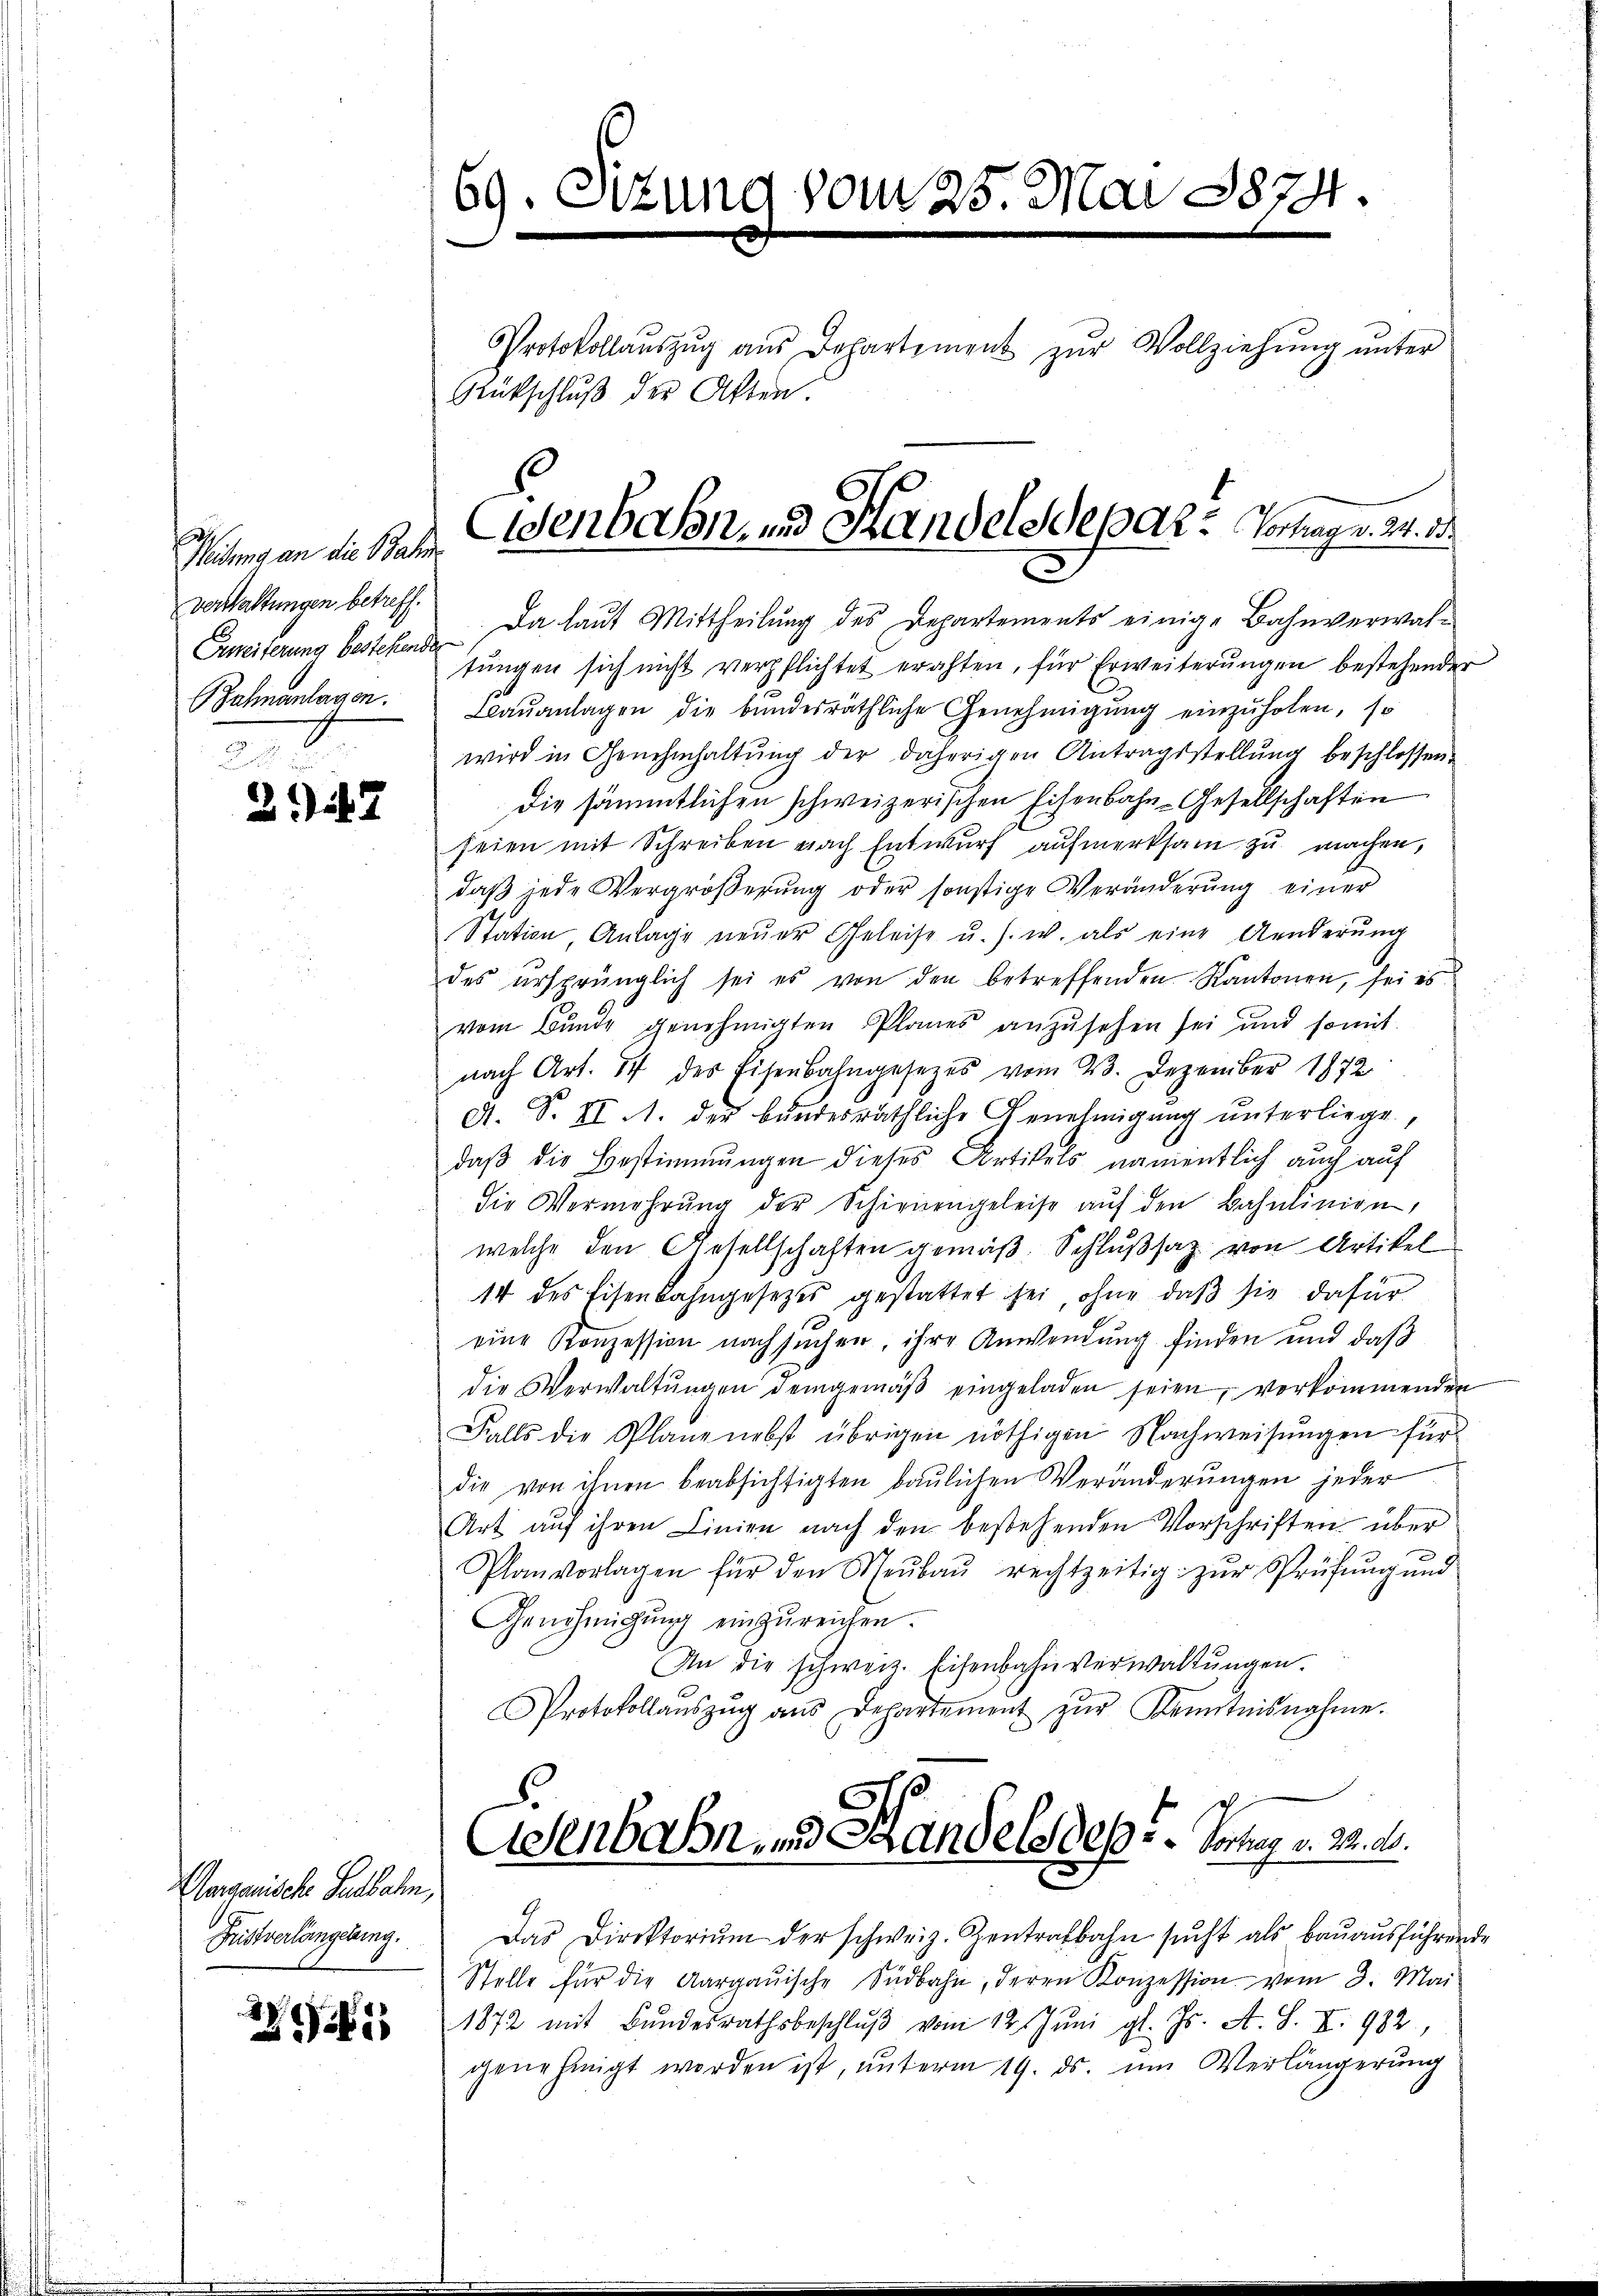
Meidung an die Bahn
verwaltungen betreff.
Zahnanlagen.

2i7

Aargauische Seebahn
Fristverlängelung.

25

69. Sitzung vom 25. Mai 1874.

Zureiterung bestehend. Da laut Mittheilung des Departements einige Bahnverwaltungen sich nicht verpflichtet erachten, für Erweiterungen bestehender
Laŭanlagen die bundesräthliche Genehmigŭng einzŭholen, so
wird in Genehmhaltŭng der daherigen Antragsstellŭng beschlossen.
Die sämmtlichen schweizerischen Eisenbahn-Gesellschaften
seien mit Schreiben nach Entwurf aufmerksam zu machen,
daβ jede Vergröβerŭng oder sonstige Veränderŭng einer
Station Anlage neŭer Geleise u. s. w. als eine Aenderŭng
des ursprünglich sei es von den betreffenden Kantonen, sei es
vom Bunde genehmigten Planes anzusehen sei und somit
nach Art. 54 des Eisenbahngesezes vom 23. Dezember 1872
A. S. II 11. der bundesräthliche Genehmigung unterliege,
daβ die Bestimmungen dieses Artikels namentlich auch auf
die Vermehrŭng der Schienengeleise aŭf den Bahnlinien,
welche den Gesellschaften gemäß. Schlußsaz von Artikel
14 des Eisenbahngesetzes gestattet sei, ohne daß sie dafür
eine Konzession nachsuchen, ihre Anwendung finden und daß
die Verwaltŭngen demgemäβ eingeladen seien, vorkommenden
Falls die Plane nebst übrigen nöthigen Nachweisungen für
die von ihnen beabsichtigten baulichen Veränderungen jeder
Art auf ihren Linien nach den bestehenden Vorschriften über
Planvorlagen für den Neŭbaŭ rechtzeitig zŭr Prüfŭng und
Genehmigŭng einzŭreichen.
An die schweiz. Eisenbahnverwaltungen.
Protokollaŭszŭg aŭs Departement zŭr Kenntnisnahme.
.
Adenbahn und Handels des Vortrag v. M. ab.
Das Direktoriŭm der schweiz. Zentralbahn sŭcht als baŭaŭsführende
Stelle für die Aargauische Südbahn, deren Konzession vom 3. Mai
1872 mit Bundesrathsbeschlŭβ vom 12. Juni gl. Js. A. S. X. 982
genehmigt worden ist, unterm 19. ds. um Verlängerung

Protokollauszug aus Dohartement zŭr Vollziehung unter
Gütschluß der Akten.

Wenbahn, und Handelsdepart Vortrag v. M. 1